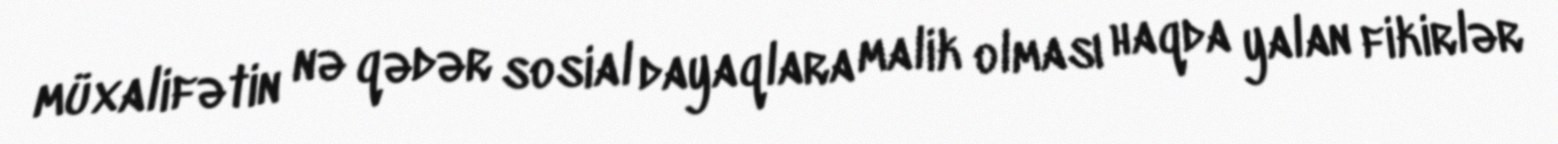
müxalifətin nə qədər sosial dayaqlara malik olması haqda yalan fikirlər